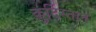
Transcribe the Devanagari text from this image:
क़ुर्दिस्तान